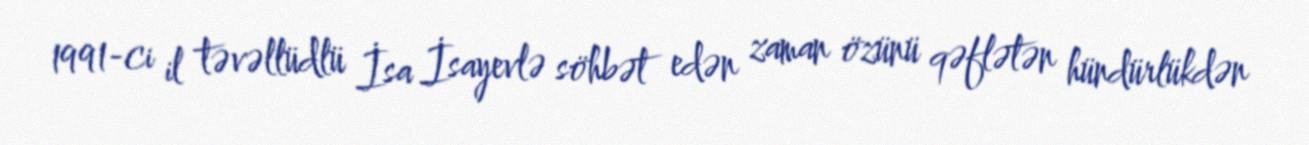
1991-ci il təvəllüdlü İsa İsayevlə söhbət edən zaman özünü qəflətən hündürlükdən